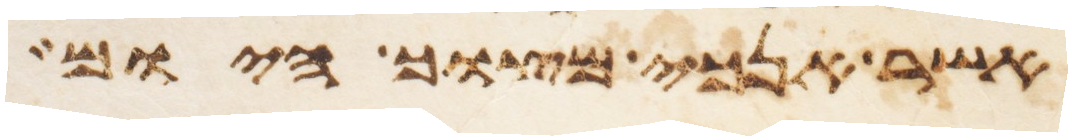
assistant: אשר אנכי מצוך היום